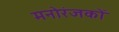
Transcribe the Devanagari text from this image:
मनोरंजकों